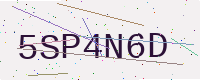
Text: 5SP4N6D